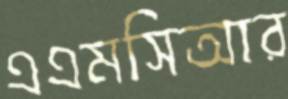
এএমসিআর